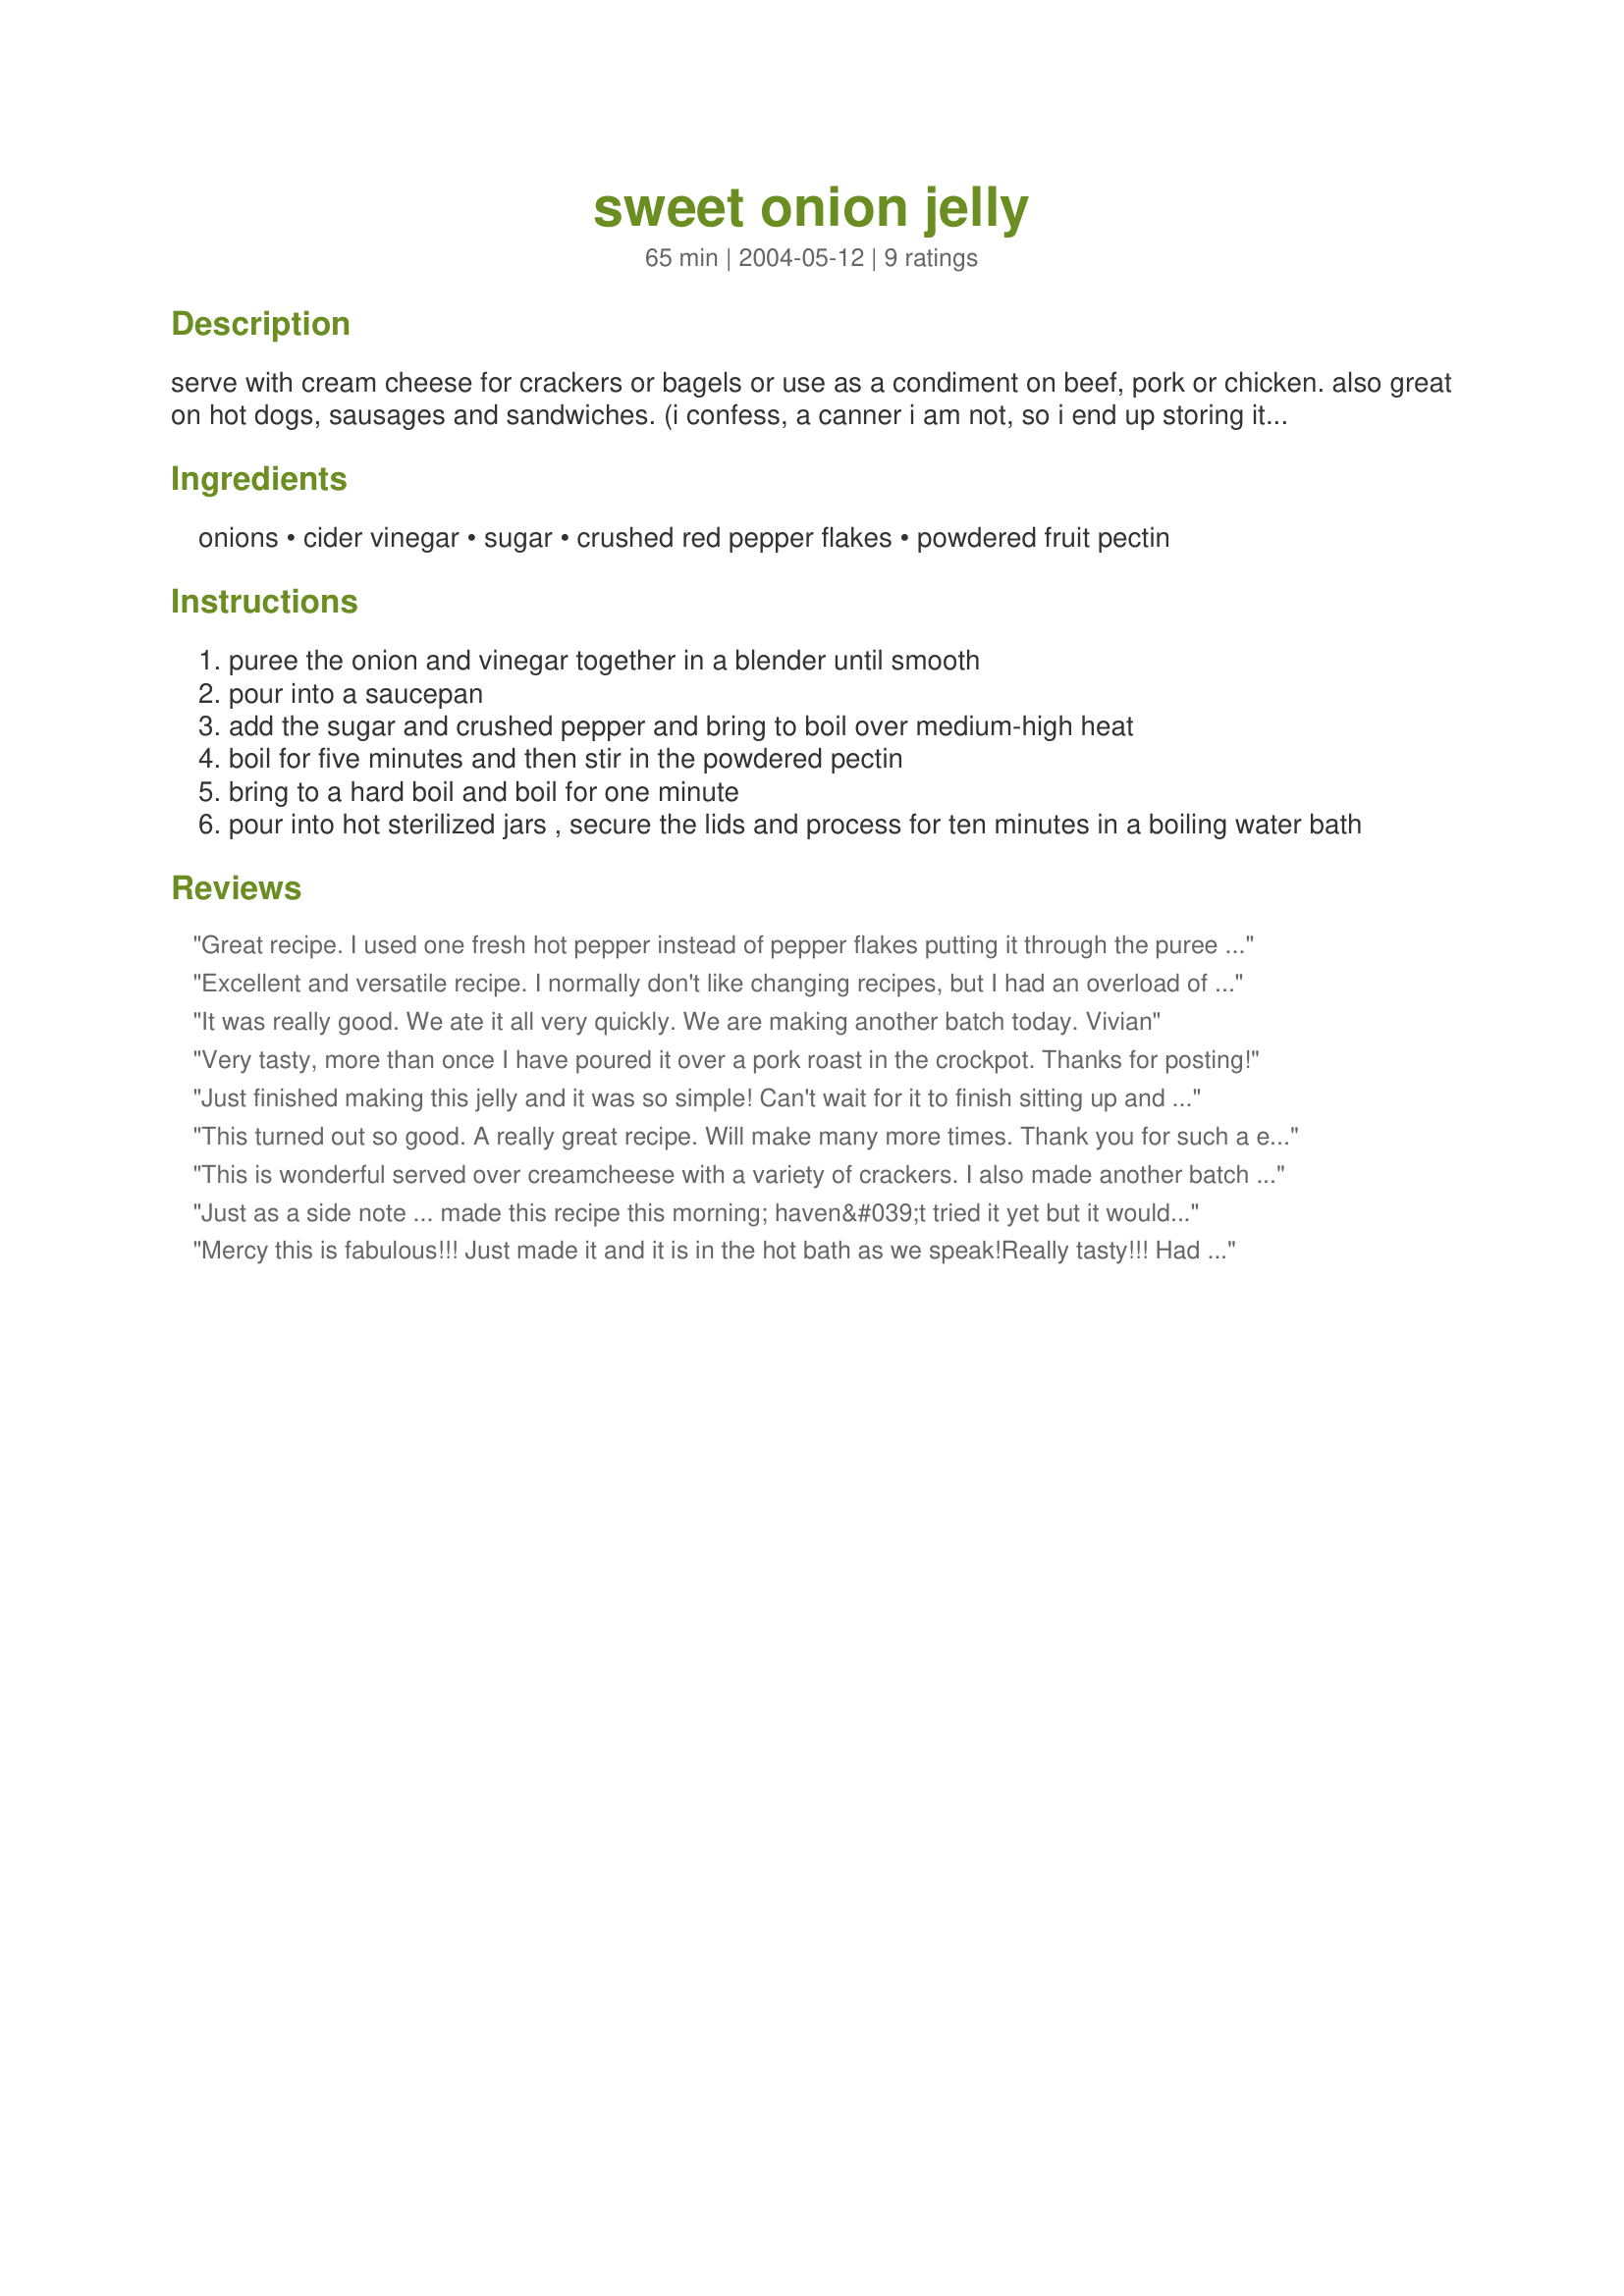
sweet onion jelly
Preparation time: 65 minutes

serve with cream cheese for crackers or bagels or use as a condiment on beef, pork or chicken. also great on hot dogs, sausages and sandwiches. (i confess, a canner i am not, so i end up storing it in the fridge in lieu of processing it. it has so many uses that it sure doesn't stick around for long. maybe, someday, i will learn the masterful art of canning.)

Ingredients:
onions, cider vinegar, sugar, crushed red pepper flakes, powdered fruit pectin

Steps:
puree the onion and vinegar together in a blender until smooth
pour into a saucepan
add the sugar and crushed pepper and bring to boil over medium-high heat
boil for five minutes and then stir in the powdered pectin
bring to a hard boil and boil for one minute
pour into hot sterilized jars , secure the lids and process for ten minutes in a boiling water bath

Reviews:
Great recipe. I used one fresh hot pepper instead of pepper flakes putting it through the puree step with the onions. Everyone loves it. It's quite simple, I'm going to do it w/my grandaughter this week.
Excellent and versatile recipe. I normally don't like changing recipes, but I had an overload of hot peppers this year which I canned in different ways, so I wanted to keep this on the sweeter side. Instead of the pepper flakes, I used almost 1/2 cup of freshly chopped chives and it is beyond awesome. We've used it on steaks and chicken. I gave some to a friend and she made a fresh spinach salad with bacon and hard boiled eggs and tossed it with this jelly and loved it. So I think this is great for more than just crackers. I like how this is a spreadable jelly that is not clumpy at all. I also have used it on ham and cheese sandwiches and it was great that way too. I tried giving this 5 stars but it's not working at all, don't know why, but I'd give it 10 stars if I could! Thanks!
It was really good. We ate it all very quickly. We are making another batch today. Vivian
Very tasty, more than once I have poured it over a pork roast in the crockpot. Thanks for posting!
Just finished making this jelly and it was so simple! Can't wait for it to finish sitting up and then; it's gloves off! Gonna layer a brick of cream cheese with this and have at it. The pepper flakes really gave it a nice "KICK".
This turned out so good. A really
great recipe. Will make many more times. Thank you for such a easy great recipe.
This is wonderful served over creamcheese with a variety of crackers. I also made another batch using thin sliced garlic added and it was a whole new taste. It was great thanks...so many asked for the recipe after I gave it in gift baskets at Christmas. I added several 2 good size cloves of garlic.
Just as a side note ... made this recipe this morning; haven&#039;t tried it yet but it would be helpful if people added comments to their recipes such as how many and what size jars are being used, especially if they&#039;re modifying the ingredients. I made this exactly to a tee and needed almost four 250ml jars which is roughly 1 cup each. Good thing I always sterilize a couple extra jars just in case :-)
Mercy this is fabulous!!! Just made it and it is in the hot bath as we speak!<br/>Really tasty!!! Had a sample on a cracker and OMG!!! Really good!!!<br/>Thank you for a great recipe!<br/>Hugs, Jelly
